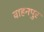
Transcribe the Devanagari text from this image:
वाहनपुर